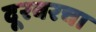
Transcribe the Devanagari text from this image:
दूरवरचा